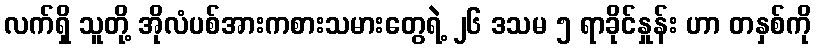
လက်ရှိ သူတို့ အိုလံပစ်အားကစားသမားတွေရဲ့ ၂၆ ဒသမ ၅ ရာခိုင်နှုန်း ဟာ တနှစ်ကို